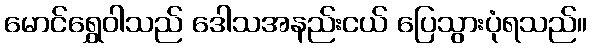
မောင်ရွှေဝါသည် ဒေါသအနည်းငယ် ပြေသွားပုံရသည်။